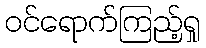
ဝင်ရောက်ကြည့်ရှု